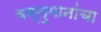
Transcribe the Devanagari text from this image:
वस्तुमानांचा